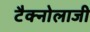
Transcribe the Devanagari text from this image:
टैक्नोलाजी